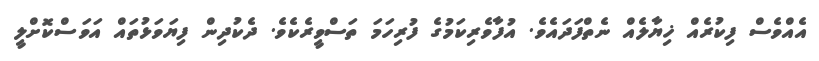
އެއްވެސް ފިކުރެއް ޚިޔާލެއް ނެތްފަދައެވެ. އުފާވެރިކަމުގެ ފުރިހަމަ ތަސްވީރެކެވެ. ދެކުދިން ފިޔަވަޅުތައް އަވަސްކޮށްލީ